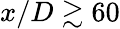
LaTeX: x/D\gtrsim 60